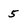
Character: 5